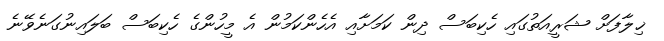
ޚިލާފަށް ޝަރީއަތުގައި ހެކިބަސް ދިން ކަމަށާއި އެހެންކަމުން އެ މީހުންގެ ހެކިބަސް ބަލައިނުގަނެވޭނެ